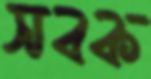
সবক